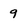
Character: 9